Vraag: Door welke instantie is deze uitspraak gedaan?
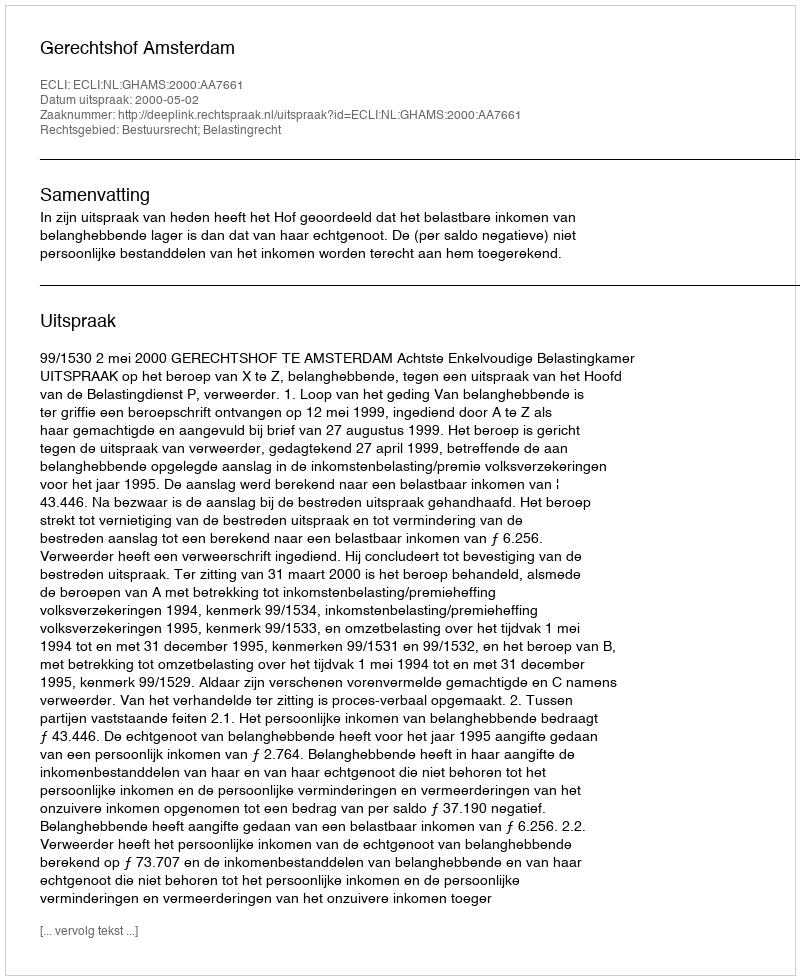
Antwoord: Gerechtshof Amsterdam